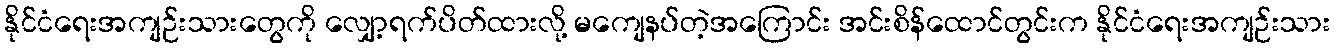
နိုင်ငံရေးအကျဉ်းသားတွေကို လျှော့ရက်ပိတ်ထားလို့ မကျေနပ်တဲ့အကြောင်း အင်းစိန်ထောင်တွင်းက နိုင်ငံရေးအကျဉ်းသား